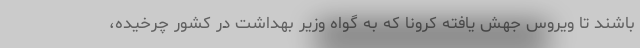
باشند تا ویروس جهش یافته کرونا که به گواه وزیر بهداشت در کشور چرخیده،